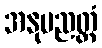
အနုပညတ္တံ